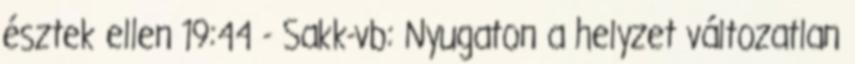
észtek ellen 19:44 - Sakk-vb: Nyugaton a helyzet változatlan